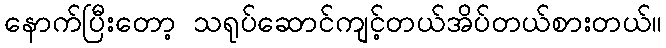
နောက်ပြီးတော့ သရုပ်ဆောင်ကျင့်တယ်အိပ်တယ်စားတယ်။